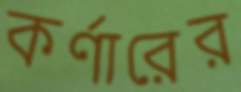
কর্ণারের